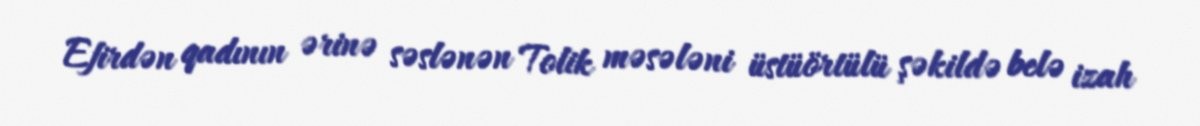
Efirdən qadının ərinə səslənən Tolik məsələni üstüörtülü şəkildə belə izah